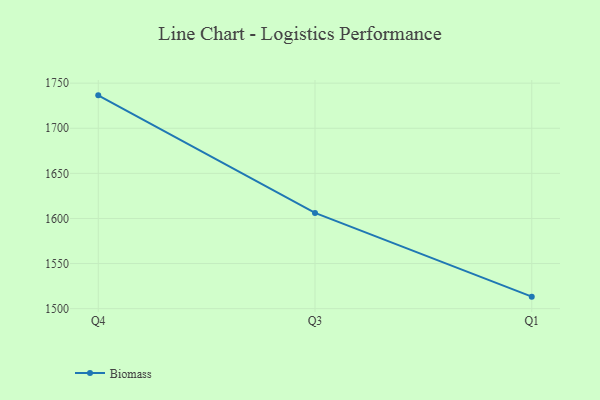
{"axis": {"x": "Quarter", "y": "Net Income (USD K)"}, "legend": ["Biomass"], "data": [{"x": "Q4", "y": 1736.5, "type": "Biomass"}, {"x": "Q3", "y": 1606.1, "type": "Biomass"}, {"x": "Q1", "y": 1513.3, "type": "Biomass"}]}